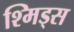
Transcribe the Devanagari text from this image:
श्मिड्स